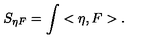
S _ { \eta F } = \int < \eta , F > .